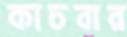
কাচবার